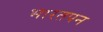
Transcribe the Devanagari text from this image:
भारतपन